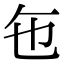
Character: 㐌